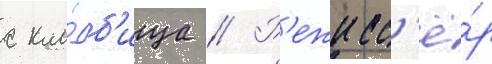
с кла́дб'ища // Р'ежисс'ё́р